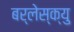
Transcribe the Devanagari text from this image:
बर्लेस्क्यु